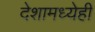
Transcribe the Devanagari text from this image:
देशामध्येही